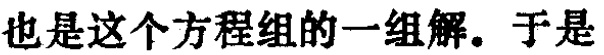
也是这个方程组的一组解。于是